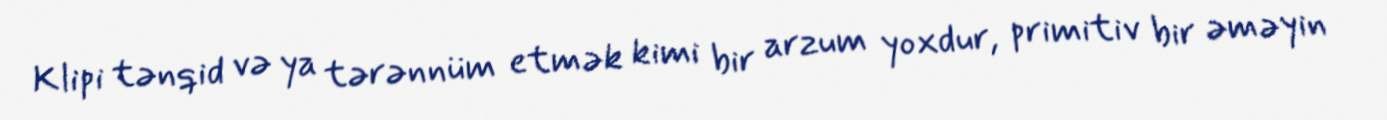
Klipi tənqid və ya tərənnüm etmək kimi bir arzum yoxdur, primitiv bir əməyin